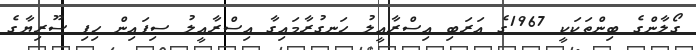
ގޯލާންގެ ބިންތަކަކީ 1967ގެ އަރަބި އިސްރާއީލު ހަނގުރާމައިގާ އިސްރާއީލު ސިފައިން ހިފި ސޫރިޔާގެ